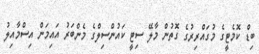
ބިޑް ކޮމެޓީގެ މުގައްރިރުގެ ގޮތުން މާލޭ ސިޓީ ކައުންސިލްގެ މެންބަރު އައިމަން އިސްމާއިލު